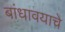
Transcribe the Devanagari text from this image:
बांधावयाचे